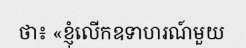
ថា៖ «ខ្ញុំលើកឧទាហរណ៍មួយ